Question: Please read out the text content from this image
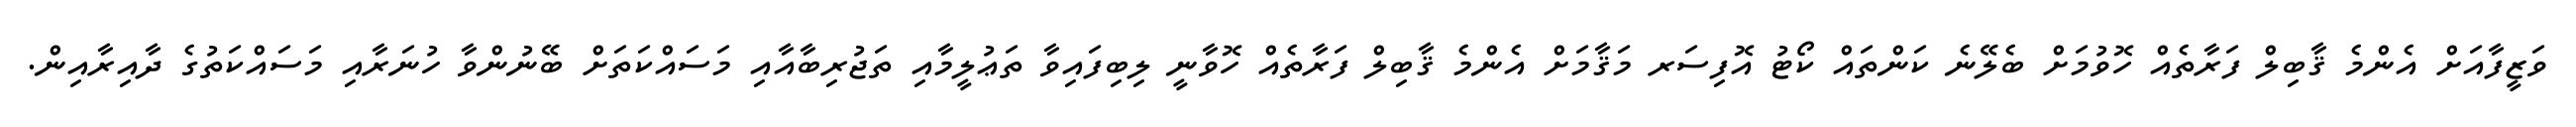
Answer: ވަޒީފާއަށް އެންމެ ޤާބިލް ފަރާތެއް ހޮވުމަށް ބެލޭނެ ކަންތައް ކޯޓު އޮފިސަރ މަޤާމަށް އެންމެ ޤާބިލް ފަރާތެއް ހޮވާނީ ލިބިފައިވާ ތަޢުލީމާއި ތަޖުރިބާއާއި މަސައްކަތަށް ބޭނުންވާ ހުނަރާއި މަސައްކަތުގެ ދާއިރާއިން.